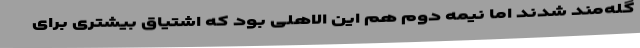
گله‌مند شدند اما نیمه دوم هم این الاهلی بود که اشتیاق بیشتری برای